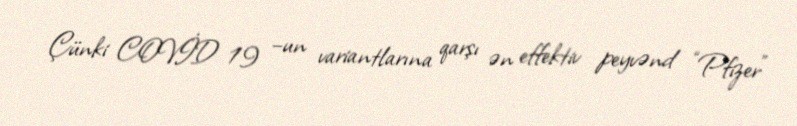
Çünki COVİD 19 –un variantlarına qarşı ən effektiv peyvənd “Pfizer”